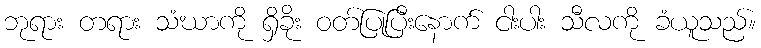
ဘုရား တရား သံဃာကို ရှိခိုး ဝတ်ပြုပြီးနောက် ငါးပါး သီလကို ခံယူသည်။